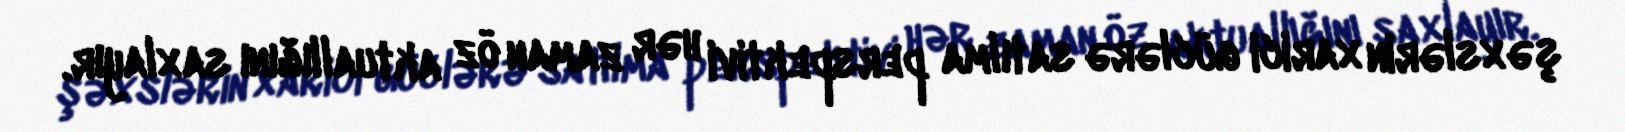
şəxslərin xarici güclərə satılma perspektivi hər zaman öz aktuallığını saxlayır.